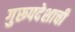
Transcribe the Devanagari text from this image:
गुरूपदेशाची